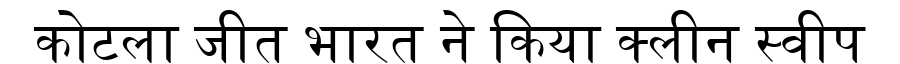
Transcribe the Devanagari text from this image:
कोटला जीत भारत ने किया क्लीन स्वीप